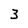
Character: 3